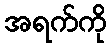
အရက်ကို